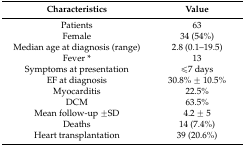
<table><thead><tr><td><b>Characteristics</b></td><td><b>Value</b></td></tr></thead><tbody><tr><td>Patients</td><td>63</td></tr><tr><td>Female</td><td>34 (54%)</td></tr><tr><td>Median age at diagnosis (range)</td><td>2.8 (0.1–19.5)</td></tr><tr><td>Fever *</td><td>13</td></tr><tr><td>Symptoms at presentation</td><td>≤7 days</td></tr><tr><td>EF at diagnosis</td><td>30.8% ± 10.5%</td></tr><tr><td>Myocarditis</td><td>22.5%</td></tr><tr><td>DCM</td><td>63.5%</td></tr><tr><td>Mean follow-up ±SD</td><td>4.2 ± 5</td></tr><tr><td>Deaths</td><td>14 (7.4%)</td></tr><tr><td>Heart transplantation</td><td>39 (20.6%)</td></tr></tbody></table>